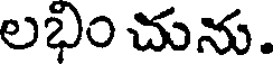
లభిం చును.